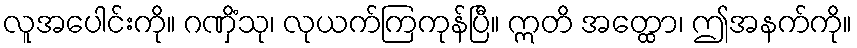
လူအပေါင်းကို။ ဂဏှိံသု၊ လုယက်ကြကုန်ပြီ။ ဣတိ အတ္ထော၊ ဤအနက်ကို။